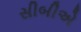
સીબીએ